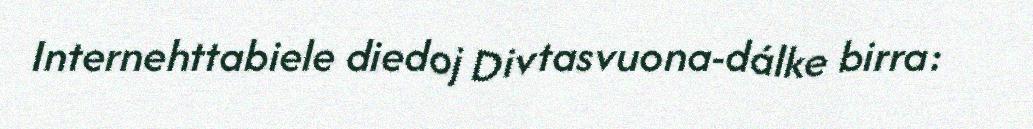
Internehttabiele diedoj Divtasvuona-dálke birra: